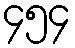
၄၅၄